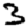
Digit: 3